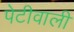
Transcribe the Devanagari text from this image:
पेटीवाली